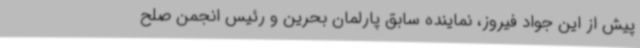
پیش از این جواد فیروز، نماینده سابق پارلمان بحرین و رئیس انجمن صلح